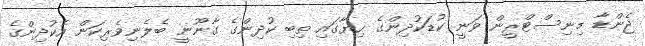
ޖެންޑާ މިނިސްޓްރީން ވަނީ ކުޑަކުދިންގެ ހިޔާގައި ތިބި ކުދިންގެ ގާނޫނީ ބެލެނިވެރިކަން އެކުދިންގެ